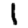
Digit: 1